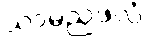
သာမညဖလံ